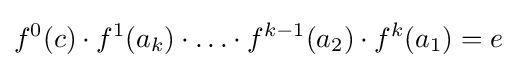
f^{0}(c)\cdot f^{1}(a_{k})\cdot \ldots \cdot f^{k-1}(a_{2})\cdot f^{k}(a_{1})=e